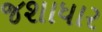
જશાધાર